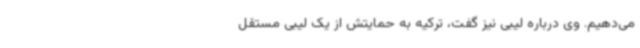
می‌دهیم. وی درباره لیبی نیز گفت، ترکیه به حمایتش از یک لیبی مستقل